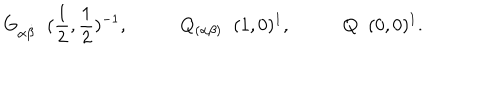
G _ { \alpha \dot { \beta } } \; \; ( \frac { 1 } { 2 } , \frac { 1 } { 2 } ) ^ { - 1 } , \; Q _ { ( \alpha \beta ) } \; \; ( 1 , 0 ) ^ { 1 } , \; Q \; \; ( 0 , 0 ) ^ { 1 } .